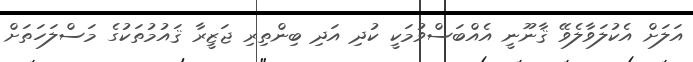
އަލަށް އެކުލަވާލެވޭ ޤާނޫނީ އެއްބަސްވުމަކީ ކުދި އަދި ބިންތިރި ޖަޒީރާ ޤައުމުތަކުގެ މަސްލަހަތަށް